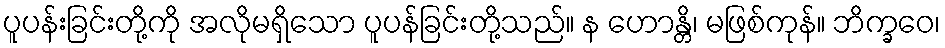
ပူပန်းခြင်းတို့ကို အလိုမရှိသော ပူပန်ခြင်းတို့သည်။ န ဟောန္တိ၊ မဖြစ်ကုန်။ ဘိက္ခဝေ၊